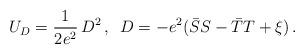
LaTeX: \begin{align*}U_D = \frac{1}{2e^2}\,D^2\, , \,\,\, D=-e^2 (\bar S S-\bar T T +\xi) \, .\end{align*}